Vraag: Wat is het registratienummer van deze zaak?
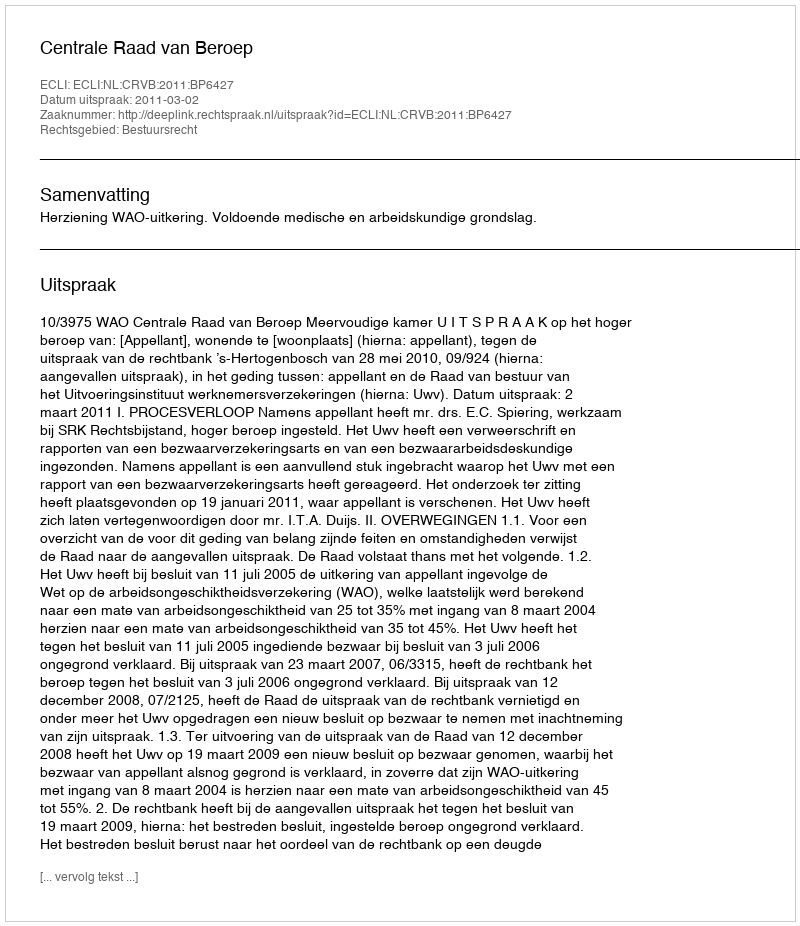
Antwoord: http://deeplink.rechtspraak.nl/uitspraak?id=ECLI:NL:CRVB:2011:BP6427